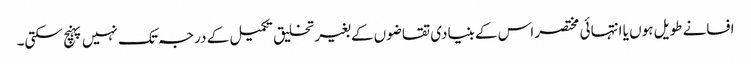
افسانے طویل ہوں یا انتہائی مختصر اس کے بنیادی تقاضوں کے بغیر تخلیق تکمیل کے درجہ تک نہیں پہنچ سکتی۔